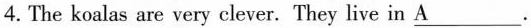
4.The koalas are very clever.They live in\underlineA.